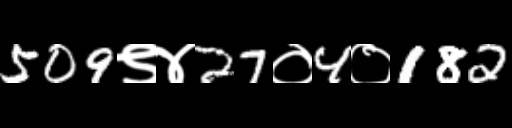
Text: 509९४27०4०182